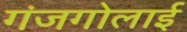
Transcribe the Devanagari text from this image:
गंजगोलाई